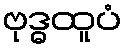
ဗုဒ္ဓထူပံ